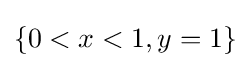
\{0<x<1,y=1\}